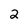
Character: 2